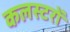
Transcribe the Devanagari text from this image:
कलस्टरों